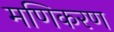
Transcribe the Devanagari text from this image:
मणिकरण